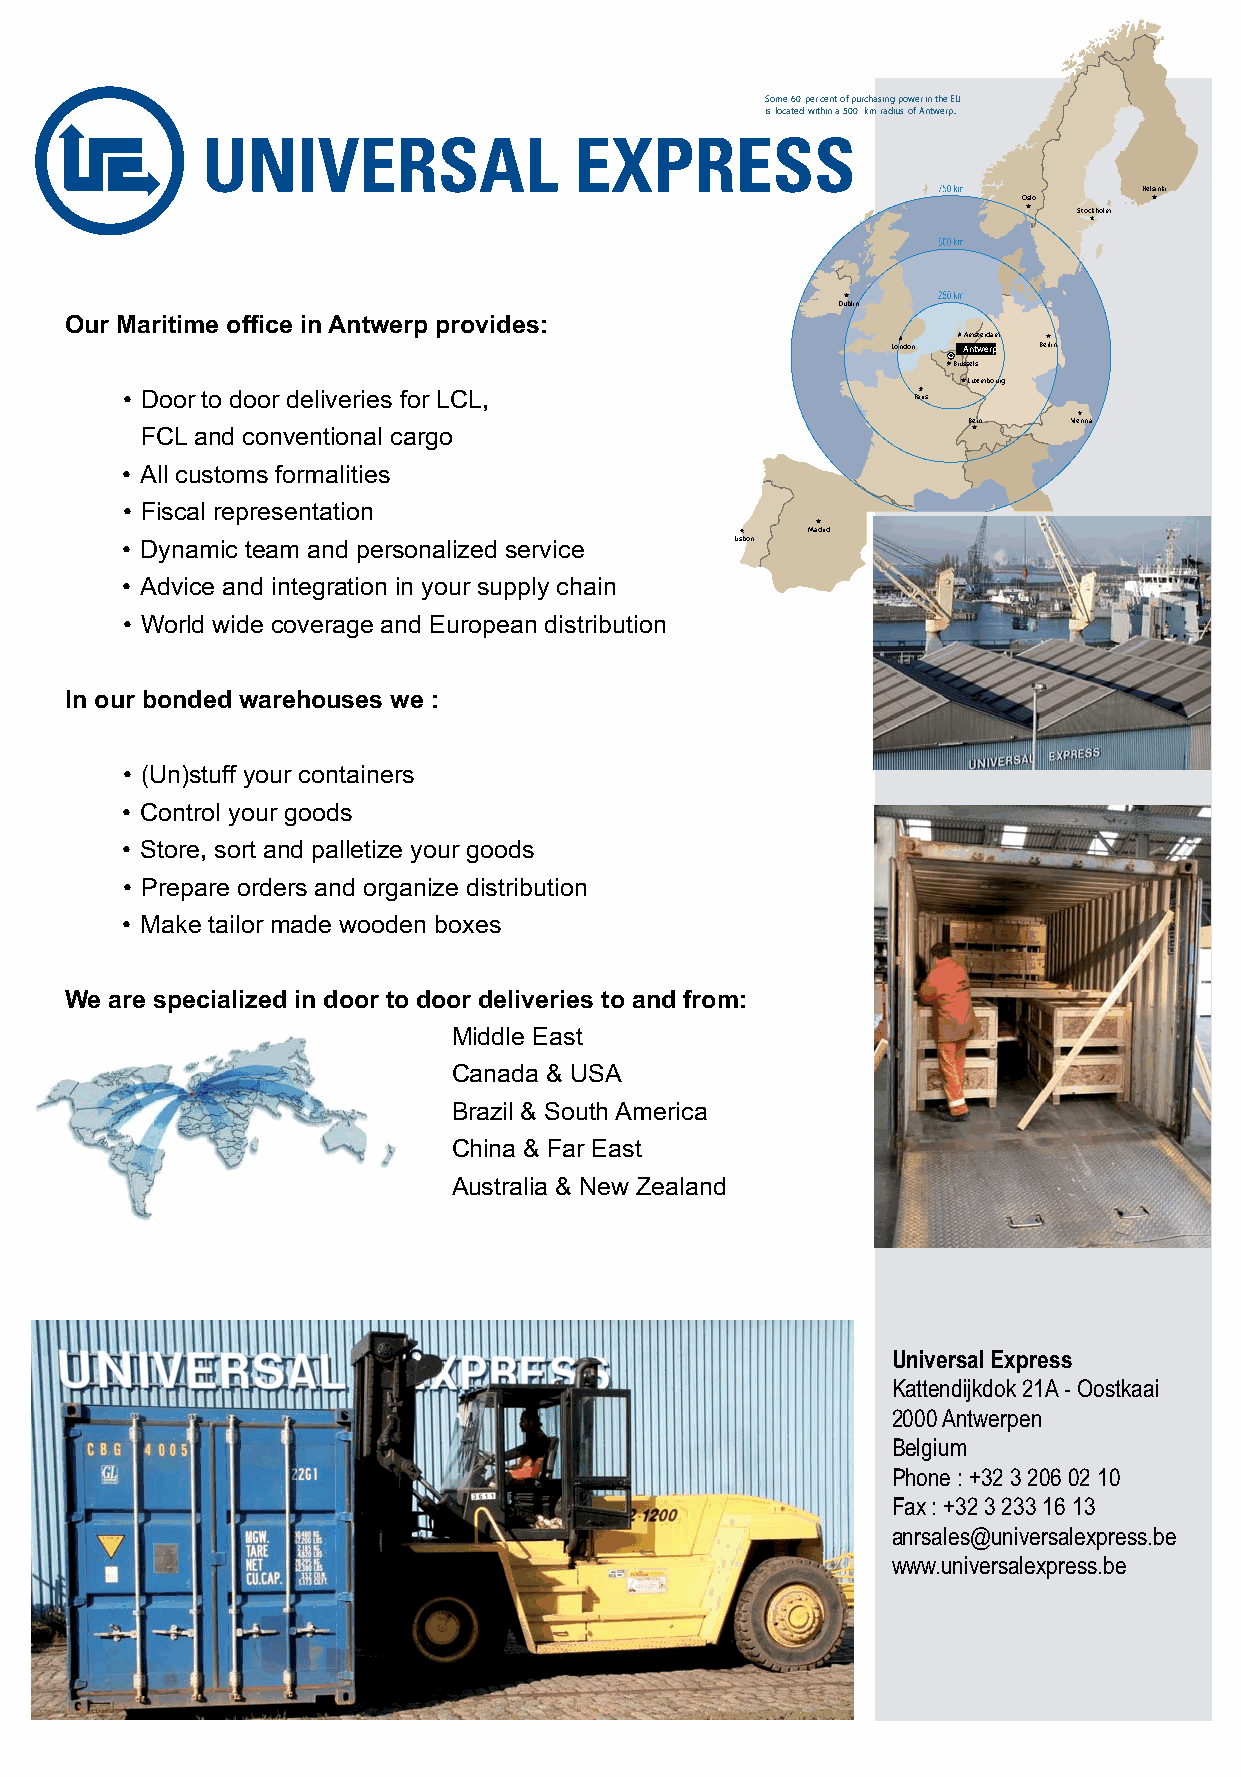
Some60percentofpurchasingpowerintheEU
 islocatedwithina500kmradiusofAntwerp.
 Helsinki
 Oslo
 Stockholm
 Dublin
 Our Maritime office in Antwerp provides:
 Amsterdam
 London Antwerp Berlin
 Brussels
 Luxembourg
 • Door to door deliveries for LCL,                  Paris
 Bern   Vienna
 FCL and conventional cargo
 • All customs formalities
 • Fiscal representation
 Rome
 Madrid
 • Dynamic team and personalized service  Lisbon
 • Advice and integration in your supply chain
 • World wide coverage and European distribution
 In our bonded warehouses we :
 • (Un)stuff your containers
 • Control your goods
 • Store, sort and palletize your goods
 • Prepare orders and organize distribution
 • Make tailor made wooden boxes
 We are specialized in door to door deliveries to and from:
 Middle East
 Canada & USA
 Brazil & South America
 China & Far East
 Australia & New Zealand
 Universal Express
 Kattendijkdok 21A - Oostkaai
 2000 Antwerpen
 Belgium
 Phone : +32 3 206 02 10
 Fax : +32 3 233 16 13
 anrsales@universalexpress.be
 www.universalexpress.be